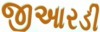
જીઆરડી